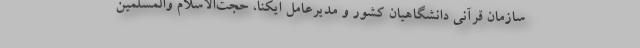
سازمان قرآنی دانشگاهیان کشور و مدیرعامل ایکنا، حجت‌الاسلام والمسلمین